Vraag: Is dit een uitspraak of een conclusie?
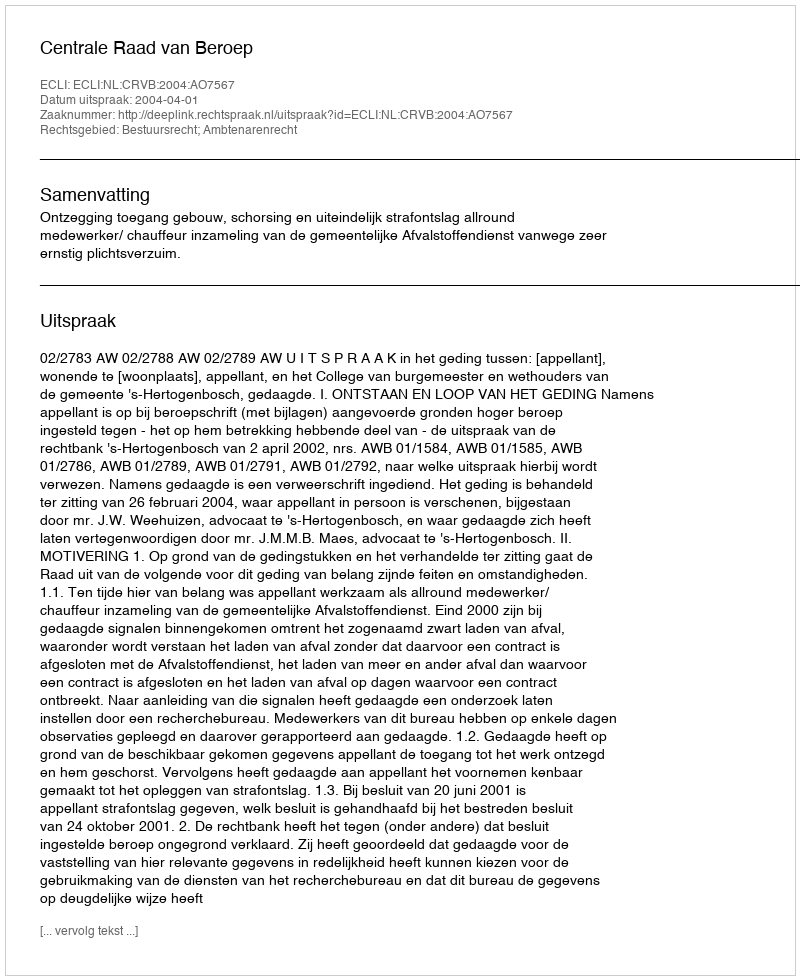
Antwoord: Uitspraak